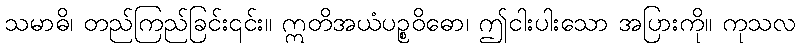
သမာဓိ၊ တည်ကြည်ခြင်း၎င်း။ ဣတိအယံပဉ္စဝိဓော၊ ဤငါးပါးသော အပြားကို။ ကုသလ